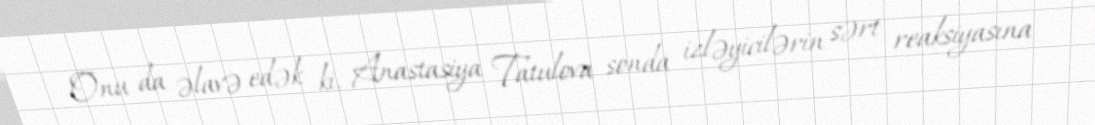
Onu da əlavə edək ki, Anastasiya Tatulova sonda izləyicilərin sərt reaksiyasına